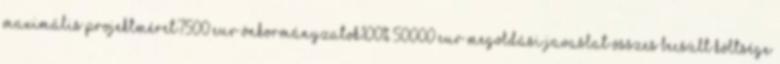
maximális projektméret7500 EUR▪Önkormányzatok100% 50000 EUR▪Megoldási javaslat összes becsült költsége